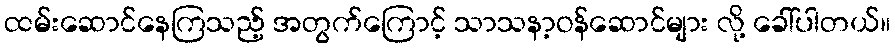
ထမ်းဆောင်နေကြသည့် အတွက်ကြောင့် သာသနာ့ဝန်ဆောင်များ လို့ ခေါ်ပါတယ်။